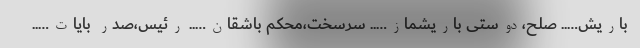
باریش….. صلح،دوستی باریشماز….. سرسخت،محکم باشقان….. رئیس،صدر بایات…..